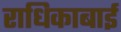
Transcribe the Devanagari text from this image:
राधिकाबाई